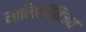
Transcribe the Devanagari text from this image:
मालिनीविजय